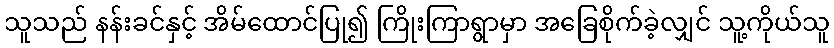
သူသည် နန်းခင်နှင့် အိမ်ထောင်ပြု၍ ကြိုးကြာရွာမှာ အခြေစိုက်ခဲ့လျှင် သူ့ကိုယ်သူ